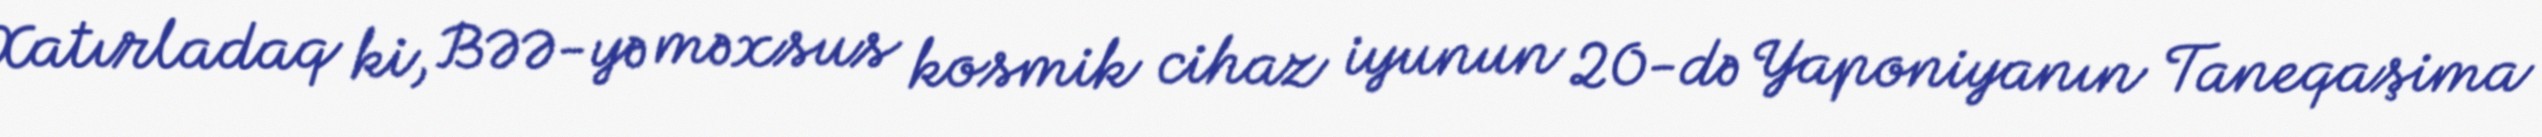
Xatırladaq ki, BƏƏ-yə məxsus kosmik cihaz iyunun 20-də Yaponiyanın Taneqaşima